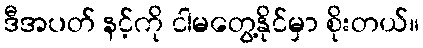
ဒီအပတ် နင့်ကို ငါမတွေ့နိုင်မှာ စိုးတယ်။